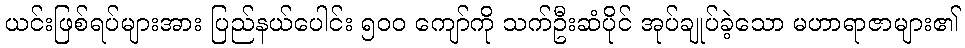
ယင်းဖြစ်ရပ်များအား ပြည်နယ်ပေါင်း ၅၀၀ ကျော်ကို သက်ဦးဆံပိုင် အုပ်ချုပ်ခဲ့သော မဟာရာဇာများ၏